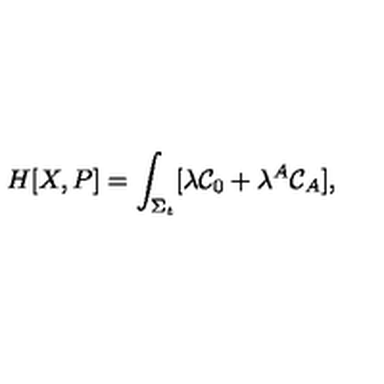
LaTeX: H [ X , P ] = \int _ { \Sigma _ { t } } [ \lambda { \cal C } _ { 0 } + \lambda ^ { A } { \cal C } _ { A } ] ,